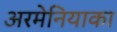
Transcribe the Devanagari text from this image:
अरमेनियाका